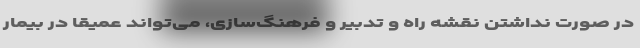
در صورت نداشتن نقشه راه و تدبیر و فرهنگ‌سازی، می‌تواند عمیقا در بیمار